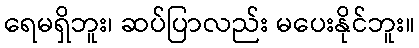
ရေမရှိဘူး၊ ဆပ်ပြာလည်း မပေးနိုင်ဘူး။